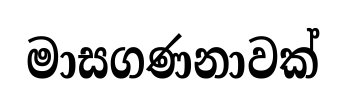
මාසගණනාවක්